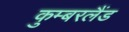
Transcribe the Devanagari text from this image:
कुम्बरलैंड